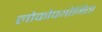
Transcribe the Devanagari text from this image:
लोकोपयोगिता